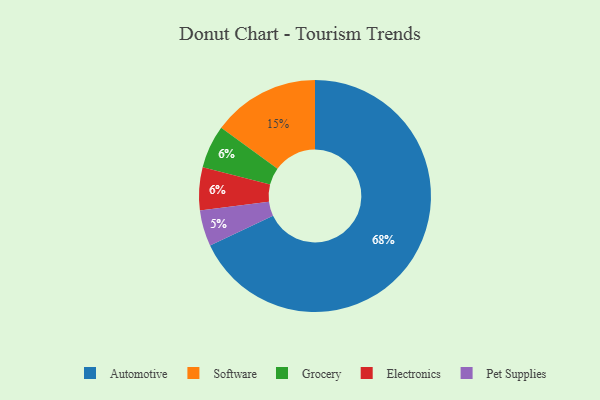
{"axis": {"x": "Category", "y": "Percentage"}, "legend": ["Automotive", "Electronics", "Grocery", "Pet Supplies", "Software"], "data": [{"x": "Pet Supplies", "y": 5, "type": "Pet Supplies"}, {"x": "Software", "y": 15, "type": "Software"}, {"x": "Automotive", "y": 68, "type": "Automotive"}, {"x": "Grocery", "y": 6, "type": "Grocery"}, {"x": "Electronics", "y": 6, "type": "Electronics"}]}